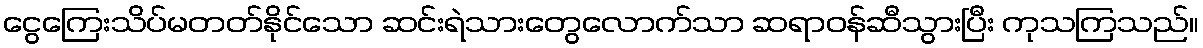
ငွေကြေးသိပ်မတတ်နိုင်သော ဆင်းရဲသားတွေလောက်သာ ဆရာဝန်ဆီသွားပြီး ကုသကြသည်။